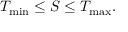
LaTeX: T _ { \mathrm { m i n } } \leq S \leq T _ { \mathrm { m a x } } .